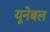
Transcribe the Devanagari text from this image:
यूनेबल